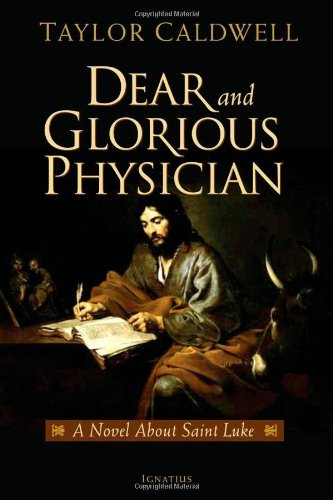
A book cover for Dear and Glorious Physician: A Novel about Saint Luke; Taylor Caldwell; Literature & Fiction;